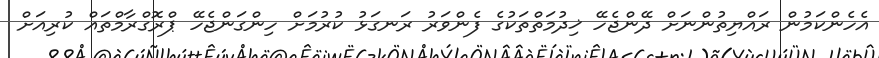
އެހެންކަމުން ރައްޔިތުންނަށް ދޭންޖެހޭ ޚިދުމަތްތަކުގެ ފެންވަރު ރަނގަޅު ކުރުމަށް ހިންގަންޖެހޭ ޕްރޮގްރާމްތައް ކުރިއަށް